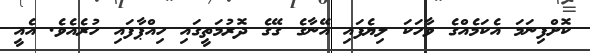
ކޮށްފިނަމަ އެކަމެއްގެ ވާހަކަ ލިޔެފައި އޭނާގެ ގޭގެ ދޮރުމަތީގައި ހިއްޕާފައި ހުރެއެވެ. އެއީ